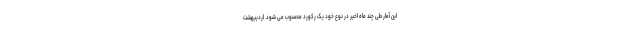
این آمار طی چند ماه اخیر در نوع خود یک رکورد محسوب می شود. اردیبهشت